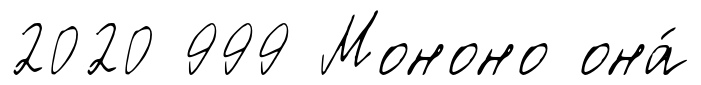
2020 999 Мононо она́